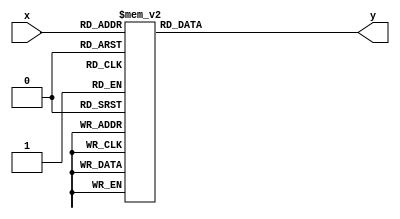
module seg7(
 input[3:0]x,
 output[7:0]y);
 reg[7:0]sout_t;
 always @(*)
  case(x)
   4'h0: sout_t=8'b11000000;
   4'h1: sout_t=8'b11111001;
   4'h2: sout_t=8'b10100100;
   4'h3: sout_t=8'b10110000;
   4'h4: sout_t=8'b10011001;
   4'h5: sout_t=8'b10010010;
   4'h6: sout_t=8'b10000011;
   4'h7: sout_t=8'b11111000;
	4'h8: sout_t=8'b10000000;
   4'h9: sout_t=8'b10011000;

	default: sout_t=8'b11111111;
  endcase
 assign y = sout_t;
endmodule